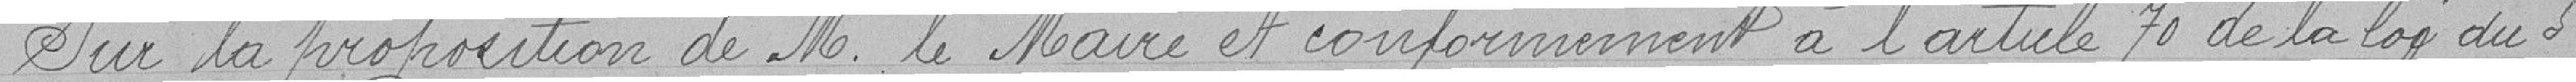
Sur la proposition de M le Maire et conformément à l'article 70 de la loi du 5